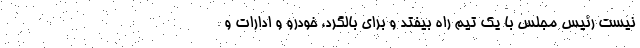
نیست رئیس مجلس با یک تیم راه بیفتد و برای بالگرد، خودرو و ادارات و